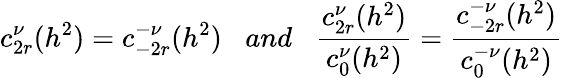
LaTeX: c_{2r}^{\nu}(h^{2})=c_{-2r}^{-\nu}(h^{2})\; \; \; and\; \; \; \frac{c_{2r}^{\nu}(h^{2})}{c_{0}^{\nu}(h^{2})}=\frac{c_{-2r}^{-\nu}(h^{2})}{c_{0}^{-\nu}(h^{2})}